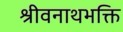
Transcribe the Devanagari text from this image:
श्रीवनाथभक्ति